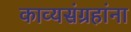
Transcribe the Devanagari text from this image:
काव्यसंग्रहांना